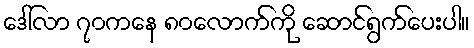
ဒေါ်လာ ၇၀ကနေ ၈၀လောက်ကို ဆောင်ရွက်ပေးပါ။